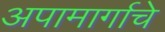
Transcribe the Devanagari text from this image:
अपामार्गाचे